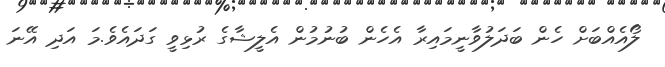
ލޯއެއްބަށް ހެން ބަދަލުވާނީމައިރާ އެހެން ބުނުމުން އެލީޝާގެ ރުޅިވީ ގަދައެވެ.މަ އަދި އޭނަ